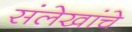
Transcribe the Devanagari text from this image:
संलेखांचे